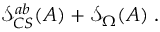
\mathcal { S } _ { C S } ^ { a b } ( A ) + \mathcal { S } _ { \Omega } ( A ) \; .